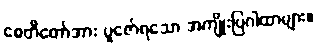
စေတီတော်အား ပူဇော်ရသော အကျိုးပြဂါထာများ။